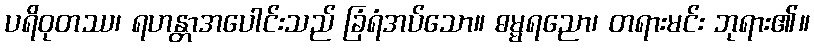
ပရိဝုတဿ၊ ရဟန္တာအပေါင်းသည် ခြံရံအပ်သော။ ဓမ္မရညော၊ တရားမင်း ဘုရား၏။